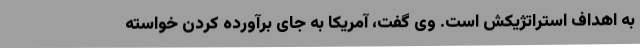
به اهداف استراتژیکش است. وی گفت، آمریکا به جای برآورده کردن خواسته